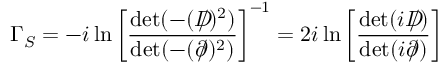
\Gamma _ { S } = - i \ln \left[ { \frac { \operatorname * { d e t } ( - ( D \! \! \! \! \slash ) ^ { 2 } ) } { \operatorname * { d e t } ( - ( \partial \! \! \! \slash ) ^ { 2 } ) } } \right] ^ { - 1 } = 2 i \ln \left[ { \frac { \operatorname * { d e t } ( i D \! \! \! \! \slash ) } { \operatorname * { d e t } ( i \partial \! \! \! \slash ) } } \right]